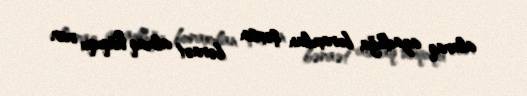
alaraq azadlığa buraxılan şəxsin bəraət almaq hüququ var.